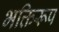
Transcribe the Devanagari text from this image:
भक्तिरूप